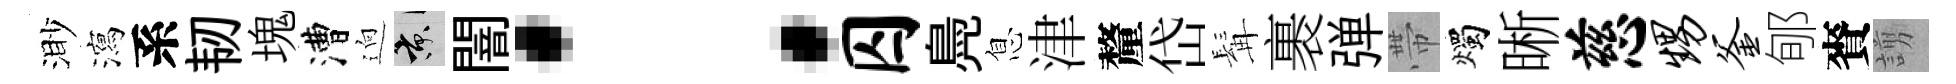
渺瀉系韧塊漕逈京闇：囚鳧息津釐岱髯裹弹帶燭晰慈甥釜郇賚謭